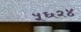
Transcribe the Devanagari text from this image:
५६२४